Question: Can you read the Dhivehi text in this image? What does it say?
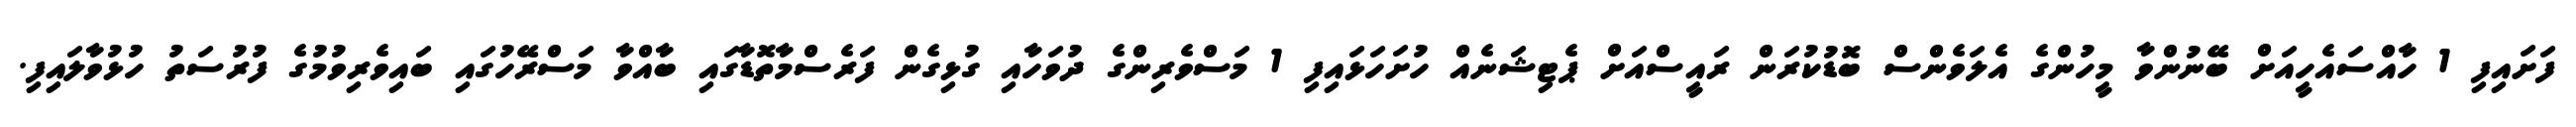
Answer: ފަށައިފި 1 ހާއްސައެހީއަށް ބޭނުންވާ މީހުންގެ އެލަވެންސް ބޮޑުކުރަން ރައީސްއަށް ޕެޓިޝަނެއް ހުށަހަޅައިފި 1 މަސްވެރިންގެ ދުވަހާއި ގުޅިގެން ފަރެސްމާތޮޑާގައި ބާއްވާ މަސްރޭހުގައި ބައިވެރިވުމުގެ ފުރުސަތު ހުޅުވާލައިފި.